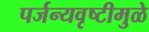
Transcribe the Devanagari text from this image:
पर्जन्यवृष्टीमुळे